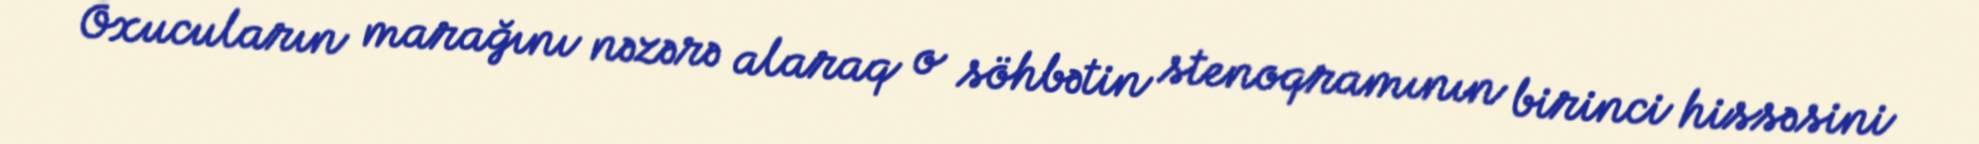
Oxucuların marağını nəzərə alaraq o söhbətin stenoqramının birinci hissəsini